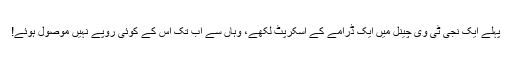
پہلے ایک نجی ٹی وی چینل میں ایک ڈرامے کے اسکرپٹ لکھے، وہاں سے اب تک اس کے کوئی روپے نہیں موصول ہوئے!